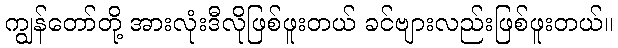
ကျွန်တော်တို့ အားလုံးဒီလိုဖြစ်ဖူးတယ် ခင်ဗျားလည်းဖြစ်ဖူးတယ်။